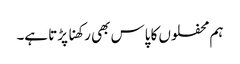
ہم محفلوں کا پاس بھی رکھنا پڑتا ہے۔